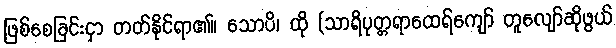
ဖြစ်စေခြင်းငှာ တတ်နိုင်ရာ၏။ သောပိ၊ ထို (သာရိပုတ္တရာထေရ်ကျော် တူလျော်ဆိုဖွယ်